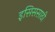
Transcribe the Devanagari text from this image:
इसिससाठी